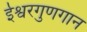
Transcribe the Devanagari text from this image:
ईश्वरगुणगान